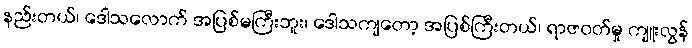
နည်းတယ်၊ ဒေါသလောက် အပြစ်မကြီးဘူး၊ ဒေါသကျတော့ အပြစ်ကြီးတယ်၊ ရာဇဝတ်မှု ကျူးလွန်